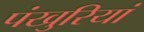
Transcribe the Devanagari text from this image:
पंखुरियां